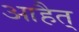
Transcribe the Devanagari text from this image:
आहैत्